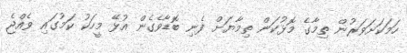
ހަމަކަށަވަރުން ތިމާގެ މޮޅުކަން ތިމާޔަށް ފެނި ބޮޑާވެގެން އުޅޭ މީހަކު ކަމުގައި ވެއްޖެ